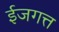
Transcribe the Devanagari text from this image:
ईजगत्त